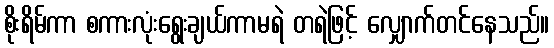
စိုးရိမ်ကာ စကားလုံးရွေးချယ်ကာမရဲ တရဲဖြင့် လျှောက်တင်နေသည်။